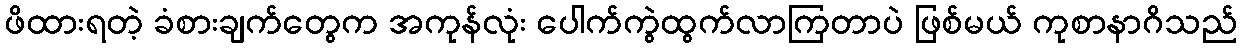
ဖိထားရတဲ့ ခံစားချက်တွေက အကုန်လုံး ပေါက်ကွဲထွက်လာကြတာပဲ ဖြစ်မယ် ကုစာနာဂိသည်